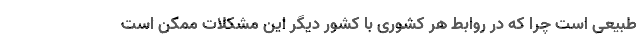
طبیعی است چرا که در روابط هر کشوری با کشور دیگر این مشکلات ممکن است